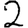
Digit: 2